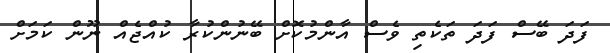
ފަދަ ބޭސް ފަދަ ތަކެތި ވެސް އާންމުކޮށް ބޭނުންކުރާ ކުއްޖެއް ނޫން ކަމަށް